Medical and sanitary report on the native army of Bombay for the year
Year: 1879
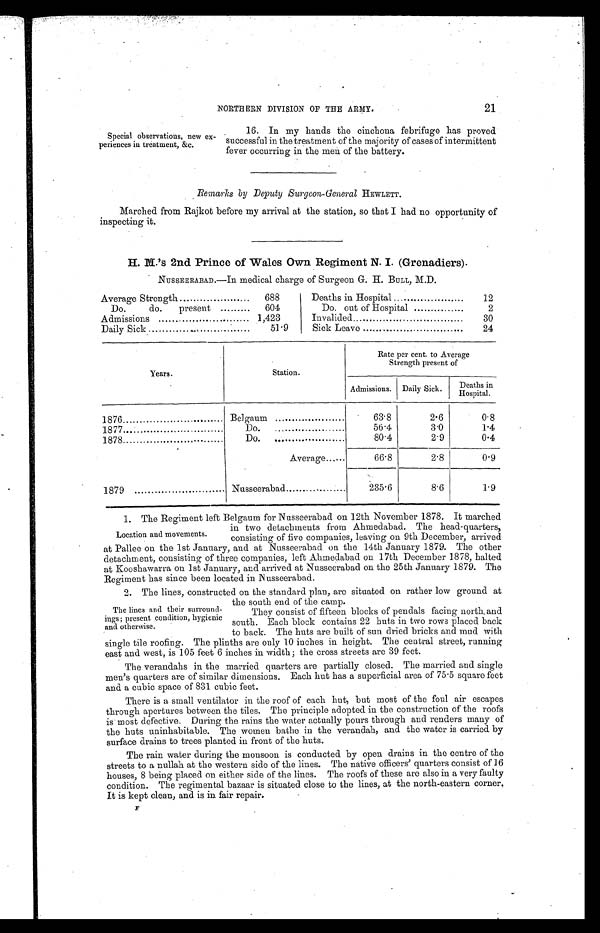
21
NORTHERN DIVISION OF THE ARMY.
Special observations, new ex
-periences in treatment, &c.
16. In my hands the cinchona febrifuge has proved
successful in the treatment of the majority of cases of intermittent
fever occurring in the men of the battery.
Remarks by Deputy Surgeon-General HEWLETT.
Marched from Rajkot before my arrival at the station, so that I had no opportunity of
inspecting it.
H. M.'s 2nd Prince of Wales Own Regiment N. I. (Grenadiers).
NUSSEERABAD.—In medical charge of Surgeon G. H. BULL, M.D.
Average Strength . . .
688
Do. do. present . . .
604
Admissions . . .
1,423
Daily Sick . . .
51.9
Deaths in Hospital . . .
12
Do. out of Hospital . . .
2
Invalided . . .
30
Sick Leave . . .
24
Years.
Station.
Rate per cent. to Average
Strength present of
Admissions. Daily Sick.
Deaths in Hospital.
1876 . . .
Belgaum . . .
63.8
2.6
0.8
1877 . . .
Do. . . .
56.4
3.0
1.4
1878 . . .
Do. . . .
80.4
2.9
0.4
Average . . .
66.8
2.8
0.9
1879 . . .
Nusseerabad . . .
235.6
8.6
1.9
1. The Regiment left Belgaum for Nusseerabad on 12th November 1878. It marched
in two detachments from Ahmedabad. The head-quarters,
consisting of five companies, leaving on 9th December, arrived
at Pallee on the 1st January, and at Nusseerabad on the 14th January 1879. The other
detachment, consisting of three companies, left Ahmedabad on 17th December 1878, halted
at Kooshawarra on 1st January, and arrived at Nusseerabad on the 25th January 1879. The
Regiment has since been located in Nusseerabad.
2. The lines, constructed on the standard plan, are situated on rather low ground at
the south end of the camp.
They consist of fifteen blocks of pendals facing north and
south. Each block contains 22 huts in two rows placed back
to back. The huts are built of sun dried bricks and mud with
single tile roofing. The plinths are only 10 inches in height. The central street, running
east and west, is 105 feet 6 inches in width; the cross streets are 39 feet.
The verandahs in the married quarters are partially closed. The married and single
men's quarters are of similar dimensions. Each hut has a superficial area of 75.5 square feet
and a cubic space of 831 cubic feet.
There is a small ventilator in the roof of each hut, but most of the foul air escapes
through apertures between the tiles. The principle adopted in the construction of the roofs
is most defective. During the rains the water actually pours through and renders many of
the huts uninhabitable. The women bathe in the verandah, and the water is carried by
surface drains to trees planted in front of the huts.
The rain water during the monsoon is conducted by open drains in the centre of the
streets to a nullah at the western side of the lines. The native officers' quarters consist of 16
houses, 8 being placed on either side of the lines. The roofs of these are also in a very faulty
condition. The regimental bazaar is situated close to the lines, at the north-eastern corner,
It is kept clean, and is in fair repair.
Location and movements.
The lines and their surround
- i n g s ; p r e s e n t c o n d i t i o n , h y g i e n i c
and otherwise.